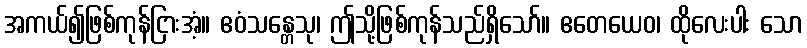
အကယ်၍ဖြစ်ကုန်ငြားအံ့။ ဧဝံသန္တေသု၊ ဤသို့ဖြစ်ကုန်သည်ရှိသော်။ ဧတေယေဝ၊ ထိုလေးပါး သော